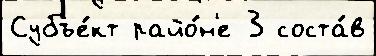
Субъе́кт райо́н'е 3 соста́в